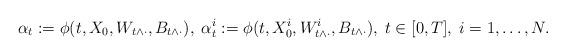
LaTeX: \begin{align*} \alpha_t := \phi(t, X_0, W_{t \wedge \cdot}, B_{t \wedge \cdot}),\;\alpha^i_t := \phi(t, X^i_0, W^i_{t \wedge \cdot}, B_{t \wedge \cdot}),\;t \in [0,T],\; i = 1, \dots, N.\end{align*}